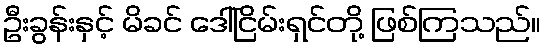
ဦးခွန်းနှင့် မိခင် ဒေါ်ငြိမ်းရှင်တို့ ဖြစ်ကြသည်။